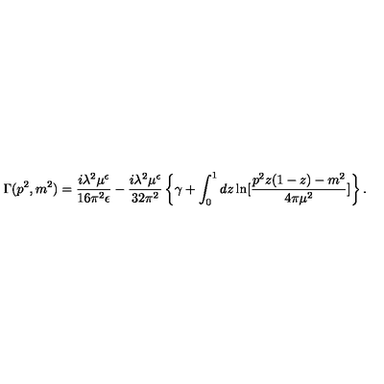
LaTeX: \Gamma ( p ^ { 2 } , m ^ { 2 } ) = \frac { i \lambda ^ { 2 } \mu ^ { \epsilon } } { 1 6 \pi ^ { 2 } \epsilon } - \frac { i \lambda ^ { 2 } \mu ^ { \epsilon } } { 3 2 \pi ^ { 2 } } \left\{ \gamma + \int _ { 0 } ^ { 1 } d z \ln [ \frac { p ^ { 2 } z ( 1 - z ) - m ^ { 2 } } { 4 \pi \mu ^ { 2 } } ] \right\} .